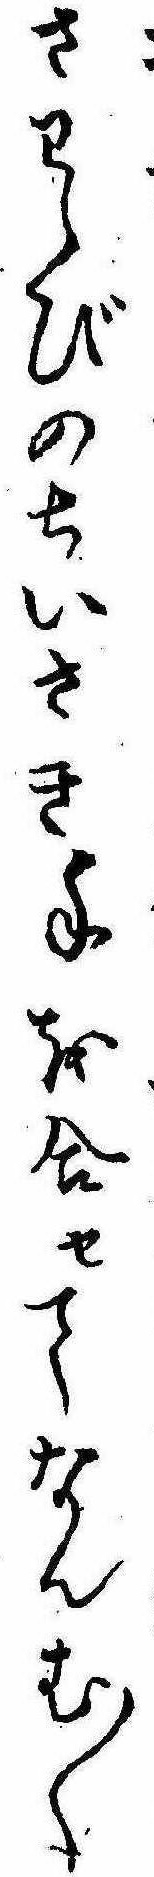
さわらびのちいさき手を合せてなんむ〱